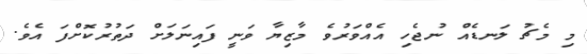
މި މެޗު ލަނޑެއް ނުޖެހި އެއްވަރުވެ މާޒިޔާ ވަނީ ފައިނަލަށް ދަތުރުކޮށްފަ އެވެ.